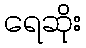
ရေဆိုး